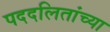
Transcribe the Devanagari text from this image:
पददलितांच्या